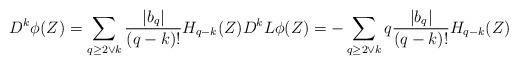
LaTeX: \begin{align*}D^ k\phi(Z)=\sum_{q\geq 2\vee k} \frac{|b_{q}|}{(q-k)!} H_{q-k}(Z)D^ kL\phi(Z)=-\sum_{q\geq 2\vee k} q\frac{|b_{q}|}{(q-k)!} H_{q-k}(Z)\end{align*}